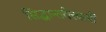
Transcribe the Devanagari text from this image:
सिद्धान्तवेत्ताओं